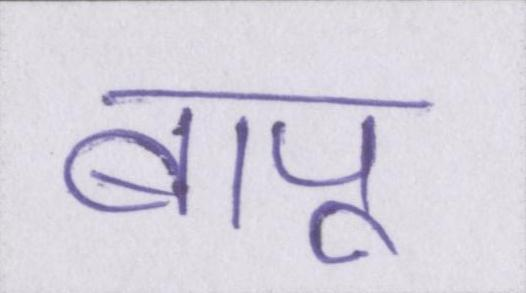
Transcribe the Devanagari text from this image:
बापू